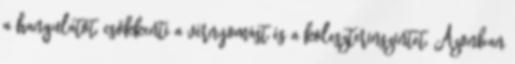
a hangulatot, csökkenti a vérnyomást és a koleszterinszintet. Azonban